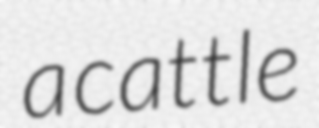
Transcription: a cattle